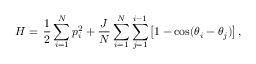
{ \cal H } = \, \frac { 1 } { 2 } \sum _ { i = 1 } ^ { N } p _ { i } ^ { 2 } + \frac { J } { N } \sum _ { i = 1 } ^ { N } \sum _ { j = 1 } ^ { i - 1 } \big [ 1 - \cos ( { \theta } _ { i } - { \theta } _ { j } ) \big ] \, ,